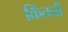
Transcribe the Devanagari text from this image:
किंतनी